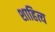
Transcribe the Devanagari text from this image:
शाहित्य